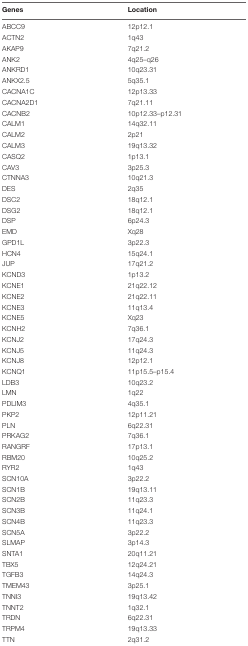
<table><thead><tr><td><b>Genes</b></td><td><b>Location</b></td></tr></thead><tbody><tr><td>ABCC9</td><td>12p12.1</td></tr><tr><td>ACTN2</td><td>1q43</td></tr><tr><td>AKAP9</td><td>7q21.2</td></tr><tr><td>ANK2</td><td>4q25–q26</td></tr><tr><td>ANKRD1</td><td>10q23.31</td></tr><tr><td>ANKX2.5</td><td>5q35.1</td></tr><tr><td>CACNA1C</td><td>12p13.33</td></tr><tr><td>CACNA2D1</td><td>7q21.11</td></tr><tr><td>CACNB2</td><td>10p12.33–p12.31</td></tr><tr><td>CALM1</td><td>14q32.11</td></tr><tr><td>CALM2</td><td>2p21</td></tr><tr><td>CALM3</td><td>19q13.32</td></tr><tr><td>CASQ2</td><td>1p13.1</td></tr><tr><td>CAV3</td><td>3p25.3</td></tr><tr><td>CTNNA3</td><td>10q21.3</td></tr><tr><td>DES</td><td>2q35</td></tr><tr><td>DSC2</td><td>18q12.1</td></tr><tr><td>DSG2</td><td>18q12.1</td></tr><tr><td>DSP</td><td>6p24.3</td></tr><tr><td>EMD</td><td>Xq28</td></tr><tr><td>GPD1L</td><td>3p22.3</td></tr><tr><td>HCN4</td><td>15q24.1</td></tr><tr><td>JUP</td><td>17q21.2</td></tr><tr><td>KCND3</td><td>1p13.2</td></tr><tr><td>KCNE1</td><td>21q22.12</td></tr><tr><td>KCNE2</td><td>21q22.11</td></tr><tr><td>KCNE3</td><td>11q13.4</td></tr><tr><td>KCNE5</td><td>Xq23</td></tr><tr><td>KCNH2</td><td>7q36.1</td></tr><tr><td>KCNJ2</td><td>17q24.3</td></tr><tr><td>KCNJ5</td><td>11q24.3</td></tr><tr><td>KCNJ8</td><td>12p12.1</td></tr><tr><td>KCNQ1</td><td>11p15.5–p15.4</td></tr><tr><td>LDB3</td><td>10q23.2</td></tr><tr><td>LMN</td><td>1q22</td></tr><tr><td>PDLIM3</td><td>4q35.1</td></tr><tr><td>PKP2</td><td>12p11.21</td></tr><tr><td>PLN</td><td>6q22.31</td></tr><tr><td>PRKAG2</td><td>7q36.1</td></tr><tr><td>RANGRF</td><td>17p13.1</td></tr><tr><td>RBM20</td><td>10q25.2</td></tr><tr><td>RYR2</td><td>1q43</td></tr><tr><td>SCN10A</td><td>3p22.2</td></tr><tr><td>SCN1B</td><td>19q13.11</td></tr><tr><td>SCN2B</td><td>11q23.3</td></tr><tr><td>SCN3B</td><td>11q24.1</td></tr><tr><td>SCN4B</td><td>11q23.3</td></tr><tr><td>SCN5A</td><td>3p22.2</td></tr><tr><td>SLMAP</td><td>3p14.3</td></tr><tr><td>SNTA1</td><td>20q11.21</td></tr><tr><td>TBX5</td><td>12q24.21</td></tr><tr><td>TGFB3</td><td>14q24.3</td></tr><tr><td>TMEM43</td><td>3p25.1</td></tr><tr><td>TNNI3</td><td>19q13.42</td></tr><tr><td>TNNT2</td><td>1q32.1</td></tr><tr><td>TRDN</td><td>6q22.31</td></tr><tr><td>TRPM4</td><td>19q13.33</td></tr><tr><td>TTN</td><td>2q31.2</td></tr></tbody></table>